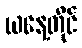
ယနေ့တိုင်